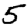
Digit: 5